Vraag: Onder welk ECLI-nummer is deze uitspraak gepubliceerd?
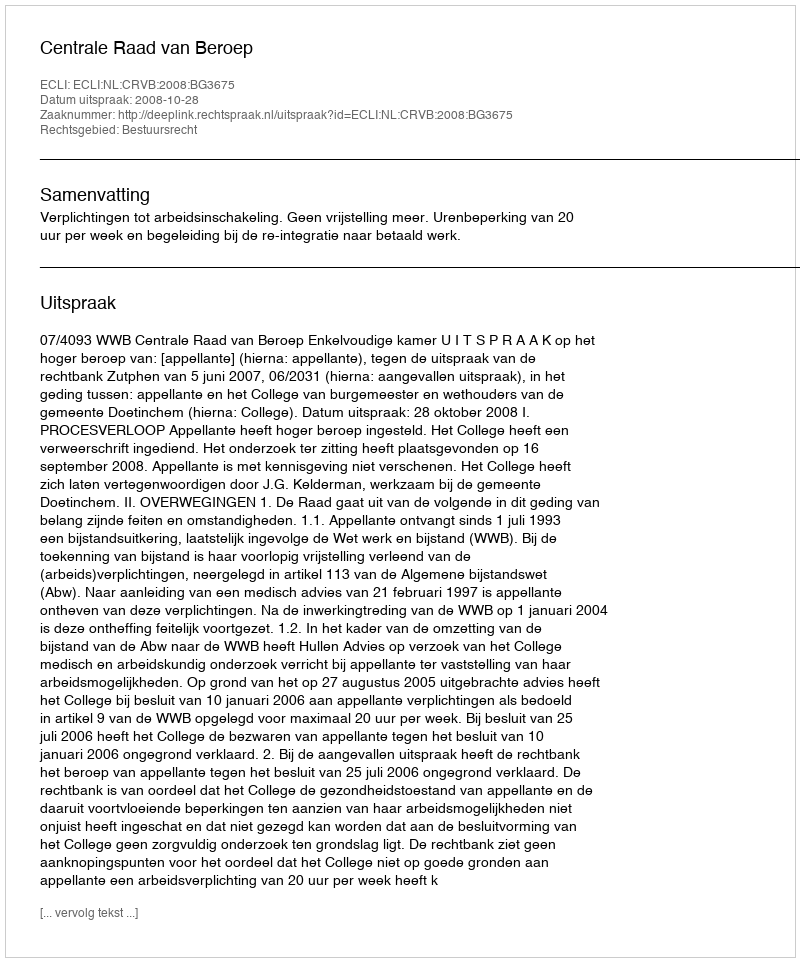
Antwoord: ECLI:NL:CRVB:2008:BG3675